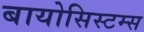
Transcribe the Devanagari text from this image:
बायोसिस्टम्स